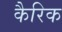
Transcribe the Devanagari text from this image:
कैरिक